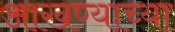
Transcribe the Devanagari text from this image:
आखण्याच्या